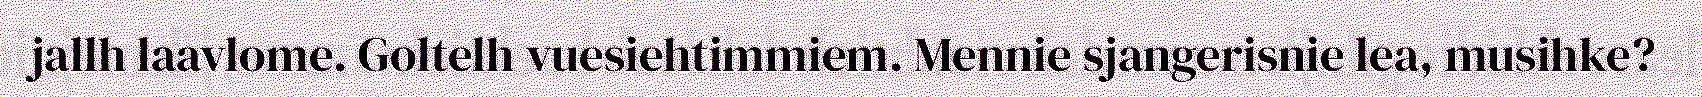
jallh laavlome. Goltelh vuesiehtimmiem. Mennie sjangerisnie lea, musihke?